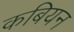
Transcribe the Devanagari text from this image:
कबियन